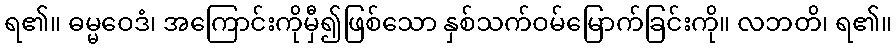
ရ၏။ ဓမ္မဝေဒံ၊ အကြောင်းကိုမှီ၍ဖြစ်သော နှစ်သက်ဝမ်မြောက်ခြင်းကို။ လဘတိ၊ ရ၏။